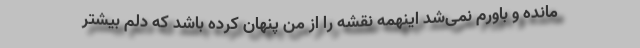
مانده و باورم نمی‌شد اینهمه نقشه را از من پنهان کرده باشد که دلم بیشتر